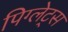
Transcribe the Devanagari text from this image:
पिग्लेट्स